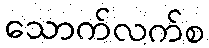
သောက်လက်စ